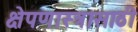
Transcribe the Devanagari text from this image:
क्षेपणास्त्रासाठी